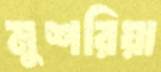
মুশরিয়া